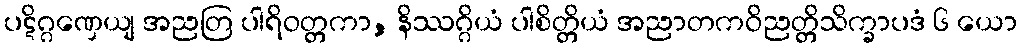
ပဋိဂ္ဂဏှေယျ အညတြ ပါရိဝတ္တကာ, နိဿဂ္ဂိယံ ပါစိတ္တိယံ အညာတကဝိညတ္တိသိက္ခာပဒံ ၆ ယော